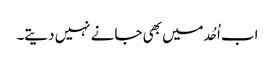
اب اُحُد میں بھی جانے نہیں دیتے۔